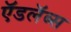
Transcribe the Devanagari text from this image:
ऍडलॅब्स